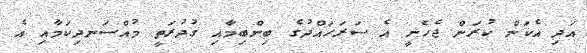
އަދި އެކަން ކުރަން ޖެހެނީ އެ ސަރަހައްދުގެ ބިންބިމާއި ގުދުރަތީ މުއްސަނދިކަމާއި އެ